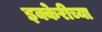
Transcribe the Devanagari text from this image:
इक्केरीच्या